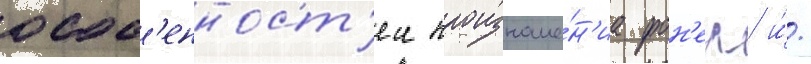
особ'енност'еи произноше́н'иа фон'ем/ и́/